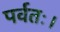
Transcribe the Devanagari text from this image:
पर्वतः।